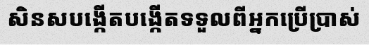
សិនសបង្កើតបង្កើតទទួលពីអ្នកប្រើប្រាស់